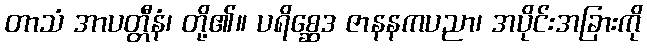
တာသံ အာပတ္တီနံ၊ တို့၏။ ပရိစ္ဆေဒ ဇာနနကပညာ၊ အပိုင်းအခြားကို